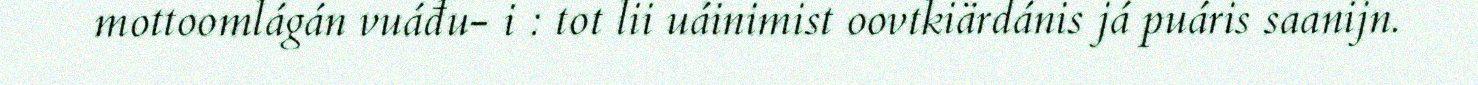
mottoomlágán vuáđu- i : tot lii uáinimist oovtkiärdánis já puáris saanijn.